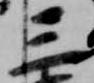
三